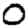
Digit: 0